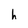
Character: h